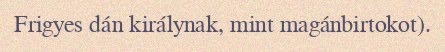
Frigyes dán királynak, mint magánbirtokot).